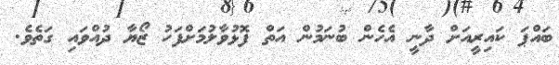
ބައްޕަ ކައިރީއަށް ދާނީ އެހެން ބުނަމުން އަތް ފޮޅުވާލުމަށްފަހު ޒޯޔާ ދުއްވައި ގަތެވެ.